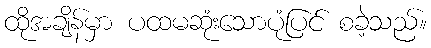
ထိုအချိန်မှာ ပထမဆုံးသောပုံပြင် စခဲ့သည်။